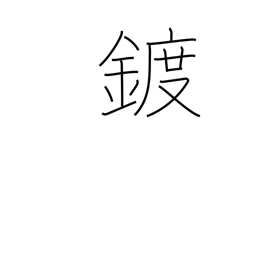
Meaning: plating